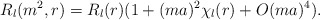
\begin{align*}R_l(m^2,r) = R_l(r) (1 + (ma)^2 \chi_l(r) + O(ma)^4).\end{align*}